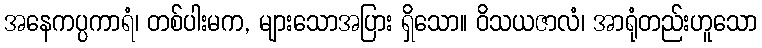
အနေကပ္ပကာရံ၊ တစ်ပါးမက, များသောအပြား ရှိသော။ ဝိသယဇာလံ၊ အာရုံတည်းဟူသော